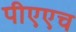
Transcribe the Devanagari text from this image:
पीएएच